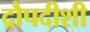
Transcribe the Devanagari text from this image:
द्रौपदीशी